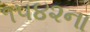
૧૫૪૨ના